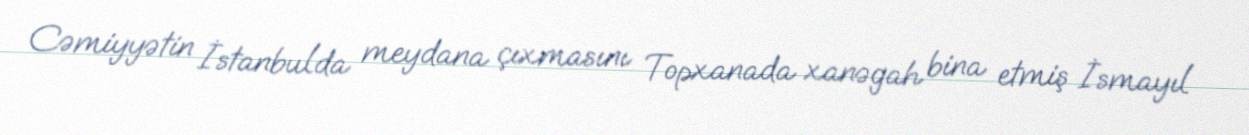
Cəmiyyətin İstanbulda meydana çıxmasını Topxanada xanəgah bina etmiş İsmayıl